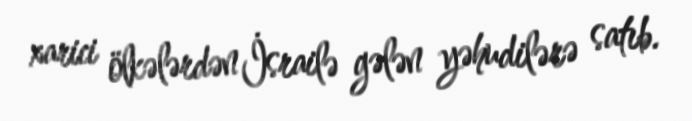
xarici ölkələrdən İsrailə gələn yəhudilərə satıb.